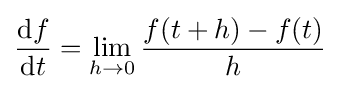
{\frac {\mathrm {d} f}{\mathrm {d} t}}=\lim _{h\to 0}{\frac {f(t+h)-f(t)}{h}}